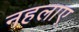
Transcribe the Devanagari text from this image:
नहलाए